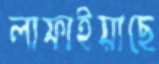
লাফাইয়াছে